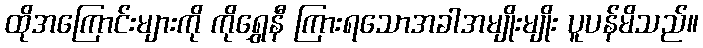
ထိုအကြောင်းများကို ကိုရွှေနီ ကြားရသောအခါအမျိုးမျိုး ပူပန်မိသည်။